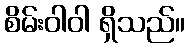
စိမ်းဝါဝါ ရှိသည်။